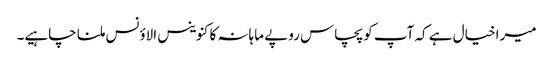
میرا خیال ہے کہ آپ کو پچاس روپے ماہانہ کا کنوینس الاؤنس ملنا چاہیے۔